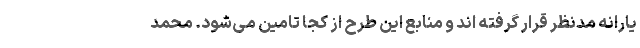
یارانه مدنظر قرار گرفته اند و منابع این طرح از کجا تامین می‌شود. محمد